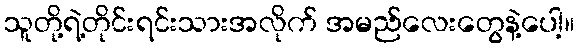
သူတို့ရဲ့တိုင်းရင်းသားအလိုက် အမည်လေးတွေနဲ့ပေါ့။